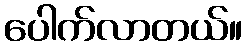
ပေါက်လာတယ်။